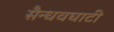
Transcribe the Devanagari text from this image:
सैन्धवघाटी